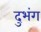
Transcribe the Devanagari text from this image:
दुभंग